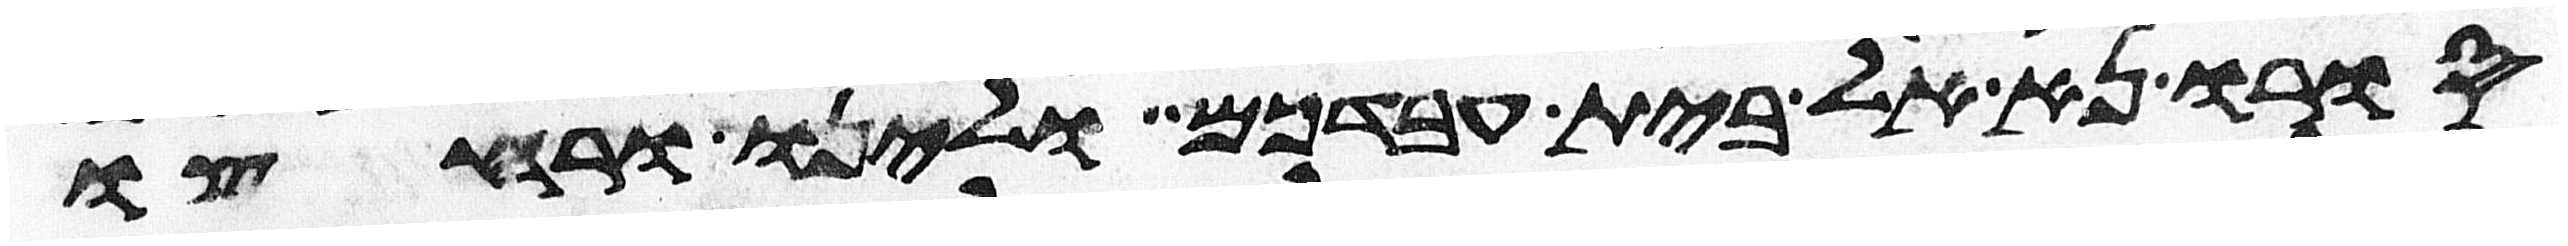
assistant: סורו נא אל בית עבדכם ולינו ורחצו